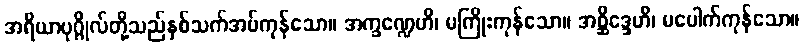
အရိယာပုဂ္ဂိုလ်တို့သည်နှစ်သက်အပ်ကုန်သော။ အက္ခဏ္ဍေဟိ၊ မကြိုးကုန်သော။ အစ္ဆိဒ္ဒေဟိ၊ မပေါက်ကုန်သော။